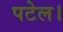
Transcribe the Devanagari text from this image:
पटेल।